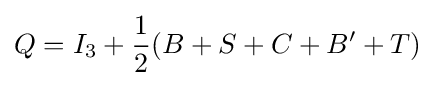
Q=I_{3}+{\frac {1}{2}}(B+S+C+B^{\prime }+T)